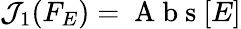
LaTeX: {{\mathcal{J}}_{1}}({{F}_{E}})=\mathrm{{~A~b~s~}}[E]